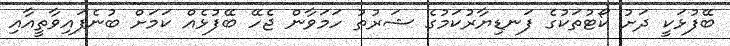
ބޭފުޅަކީ ދަށު ކޯޓުތަކުގެ ފަނޑިޔާރުކަމުގެ ޝަރުތު ހަމަވާން ޖެހޭ ބޭފުޅެއް ކަމަށް ބުނެފައިވާތީއާއި